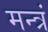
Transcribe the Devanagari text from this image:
मन्‍त्रं